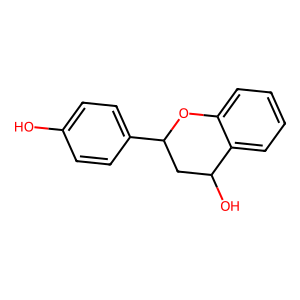
SMILES: Oc1ccc(C2CC(O)c3ccccc3O2)cc1
Inhibits HIV replication: No